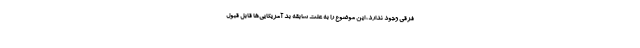
فرقی وجود ندارد، این موضوع را به علت سابقه بد آمریکایی‌ها قابل قبول